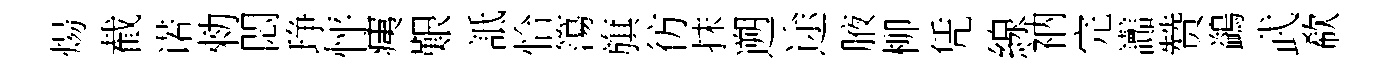
煬截诺勑悶琤怦痍艱詆恰簜旗彷抹遡途腋柳凭線衲完讟赞鷁武欷